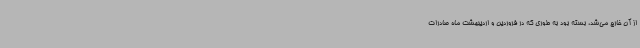
از آن خارج می‌شد، بسته بود به طوری که در فروردین و اردیبهشت ماه صادرات